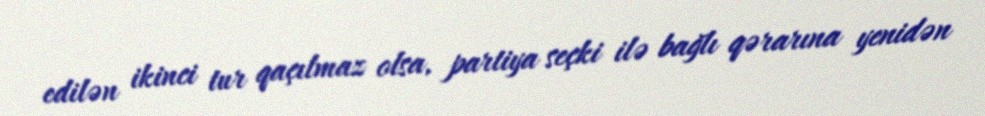
edilən ikinci tur qaçılmaz olsa, partiya seçki ilə bağlı qərarına yenidən